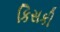
કિસકી